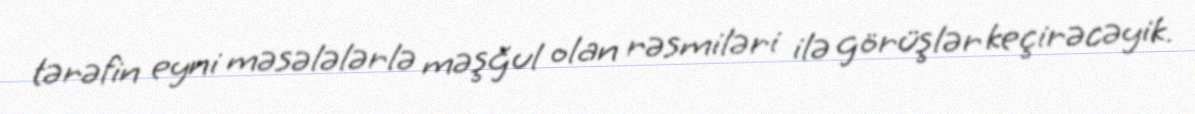
tərəfin eyni məsələlərlə məşğul olan rəsmiləri ilə görüşlər keçirəcəyik.